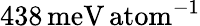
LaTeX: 438\, \mathrm{meV\, atom}^{-1}